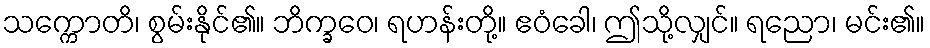
သက္ကောတိ၊ စွမ်းနိုင်၏။ ဘိက္ခဝေ၊ ရဟန်းတို့။ ဧဝံခေါ၊ ဤသို့လျှင်။ ရညော၊ မင်း၏။